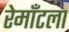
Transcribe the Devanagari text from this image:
रेमाँटला